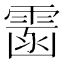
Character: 䨡